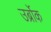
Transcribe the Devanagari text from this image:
उर्ब्रोक